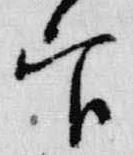
官